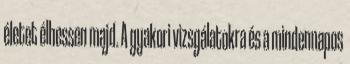
életet élhessen majd. A gyakori vizsgálatokra és a mindennapos